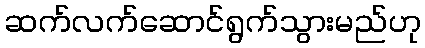
ဆက်လက်ဆောင်ရွက်သွားမည်ဟု